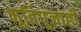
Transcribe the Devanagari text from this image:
मूर्तिपूजाही